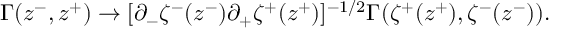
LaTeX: \Gamma ( z ^ { - } , z ^ { + } ) \to [ \partial _ { - } \zeta ^ { - } ( z ^ { - } ) \partial _ { + } \zeta ^ { + } ( z ^ { + } ) ] ^ { - 1 / 2 } \Gamma ( \zeta ^ { + } ( z ^ { + } ) , \zeta ^ { - } ( z ^ { - } ) ) .